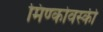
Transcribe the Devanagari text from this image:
मिण्कोवस्की